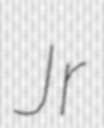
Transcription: Jr